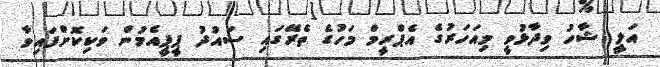
އަލީ ޝާހު ވިދާޅުވީ މިއަހަރުގެ އެޕްރީމް މަހުގެ ތެރޭގައި ސައުދު ޕީޕީއެމުން ވަކިކޮށްފައިވާ